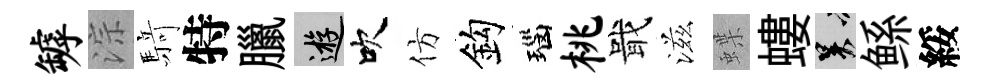
罅淙𮪍特臘游吹仿鈎瑙桃戢滋蝶螻吴鲧綏